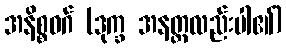
အနိစ္စဝဂ် (ဒုက္ခ အနတ္တလည်းပါ၏)